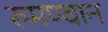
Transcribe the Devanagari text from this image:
रुमण्वान